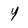
Character: 4